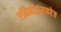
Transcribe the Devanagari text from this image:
एमिनोट्रांसफरेज